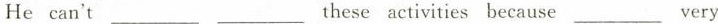
He can't ___ ___ these activities because ___ very